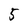
Character: 5